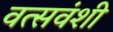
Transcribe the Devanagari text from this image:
वत्सवंशी